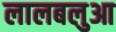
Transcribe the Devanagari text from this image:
लालबलुआ